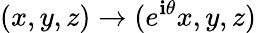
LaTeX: (x,y,z)\to(e^{\mathbf{i}\theta}x,y,z)